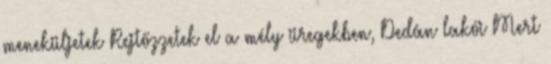
meneküljetek Rejtőzzetek el a mély üregekben, Dedán lakói Mert